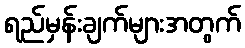
ရည်မှန်းချက်များအတွက်